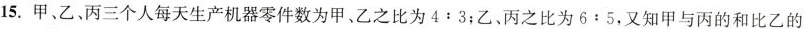
15.甲、乙、丙三个人每天生产机器零件数为甲、乙之比为$$4:3$$；乙、丙之比为$$6:5$$，又知甲与丙的和比乙的